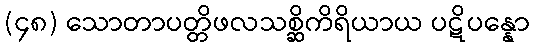
(၄၈) သောတာပတ္တိဖလသစ္ဆိကိရိယာယ ပဋိပန္နော